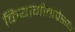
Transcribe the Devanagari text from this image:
कियागीताप्रेसके